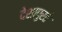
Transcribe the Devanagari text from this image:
देशापुरते